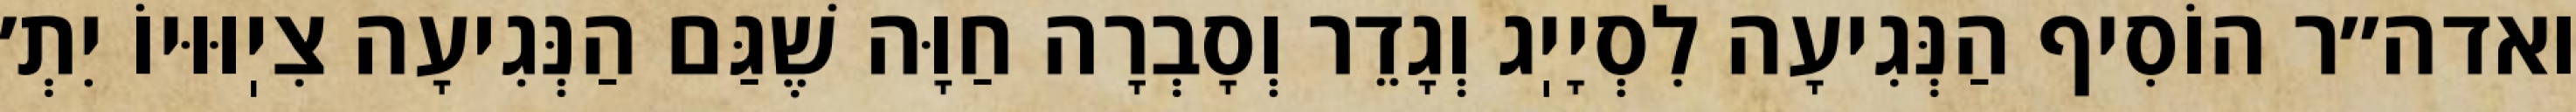
ואדה״ר הוֹסִיף הַנְּגִיעָה לִסְיָיֽג וְגָדֵר וְסָבְרָה חַוָּה שֶׁגַּם הַנְּגִיעָה צִיֽוּוּיוֹ יִתְ׳